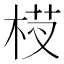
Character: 𬂵